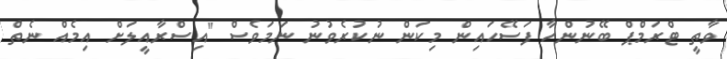
ވާތީ ޓްރަމްޕް ބޭނުންހާ ފަސޭހައިން މިކަން ނުކުރެވުނު ނަމަވެސް "އިސްރާއީލަށް އިމެއް ނެތް